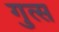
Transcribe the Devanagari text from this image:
गुत्स